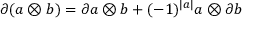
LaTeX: \partial ( a \otimes b ) = \partial a \otimes b + ( - 1 ) ^ { \left| a \right| } a \otimes \partial b